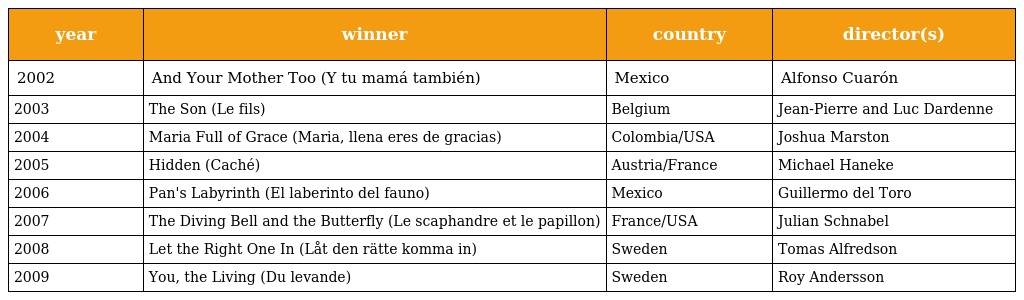
| year | winner | country | director(s) |
 | --- | --- | --- | --- |
 | 2002 | And Your Mother Too (Y tu mamá también) | Mexico | Alfonso Cuarón |
 | 2003 | The Son (Le fils) | Belgium | Jean-Pierre and Luc Dardenne |
 | 2004 | Maria Full of Grace (Maria, llena eres de gracias) | Colombia/USA | Joshua Marston |
 | 2005 | Hidden (Caché) | Austria/France | Michael Haneke |
 | 2006 | Pan's Labyrinth (El laberinto del fauno) | Mexico | Guillermo del Toro |
 | 2007 | The Diving Bell and the Butterfly (Le scaphandre et le papillon) | France/USA | Julian Schnabel |
 | 2008 | Let the Right One In (Låt den rätte komma in) | Sweden | Tomas Alfredson |
 | 2009 | You, the Living (Du levande) | Sweden | Roy Andersson |